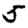
Digit: 5